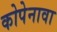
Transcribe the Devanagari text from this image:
कोपेनावा